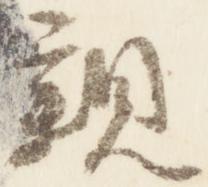
親